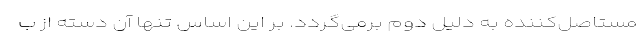
مستاصل‌کننده به دلیل دوم برمی‌گردد. بر این اساس تنها آن دسته از ب